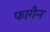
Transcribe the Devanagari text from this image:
फागैन